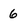
Character: 6